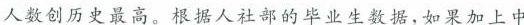
人数创历史最高。根据人社部的毕业生数据，如果加上中